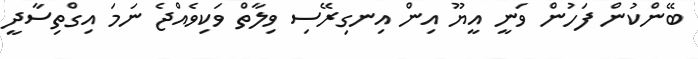
ބޭންކުން ފަހުން ވަނީ އީޔޫ އިން އިނގިރޭސި ވިލާތް ވަކިވެއްޖެ ނަމަ އިގްތިސާދީ